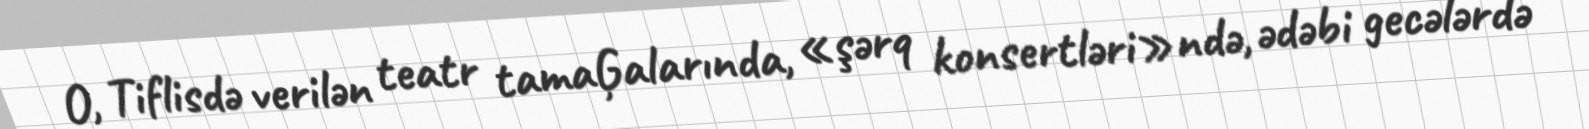
O, Tiflisdə verilən teatr tamaĢalarında, «şərq konsertləri»ndə, ədəbi gecələrdə